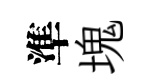
準塊